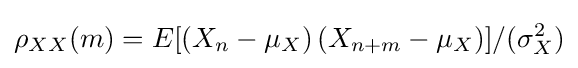
\rho _{XX}(m)=E[(X_{n}-\mu _{X})\,(X_{n+m}-\mu _{X})]/(\sigma _{X}^{2})